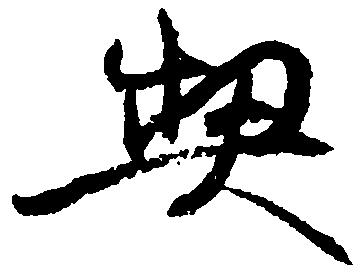
契